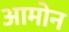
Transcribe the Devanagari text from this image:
आमोन